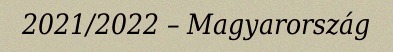
2021/2022 – Magyarország